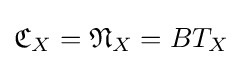
{\mathfrak {C}}_{X}={\mathfrak {N}}_{X}=BT_{X}